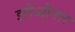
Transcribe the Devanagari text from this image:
इलेओनल